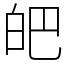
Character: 皅